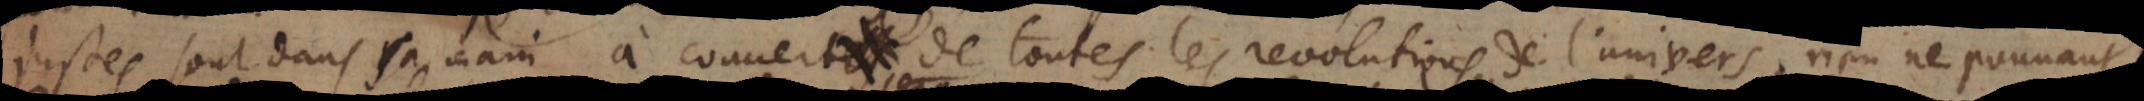
justes sont dans sa main à couvert de toutes les revolutions de l’univers, rien ne pouvant